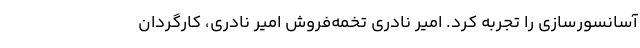
آسانسورسازی را تجربه کرد. امیر نادری تخمه‌فروش امیر نادری، کارگردان